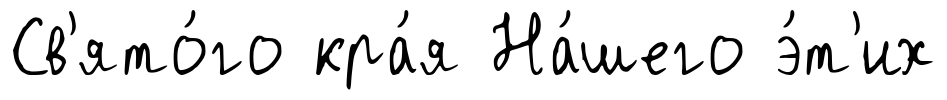
Св'ято́го кра́я На́шего э́т'их